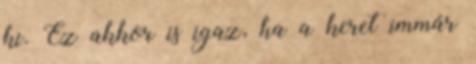
ki. Ez akkor is igaz, ha a keret immár